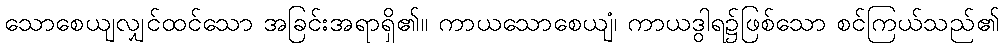
သောစေယျလျှင်ထင်သော အခြင်းအရာရှိ၏။ ကာယသောစေယျံ၊ ကာယဒွါရ၌ဖြစ်သော စင်ကြယ်သည်၏